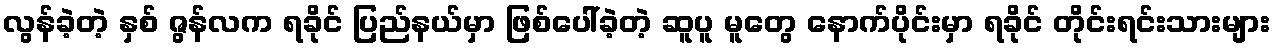
လွန်ခဲ့တဲ့ နှစ် ဇွန်လက ရခိုင် ပြည်နယ်မှာ ဖြစ်ပေါ်ခဲ့တဲ့ ဆူပူ မူတွေ နောက်ပိုင်းမှာ ရခိုင် တိုင်းရင်းသားများ